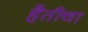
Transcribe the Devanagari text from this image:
हैतीचा